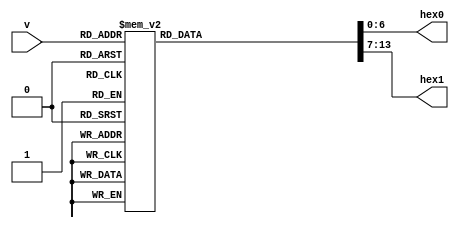
module bin2dec(input [3:0]  v,
				output reg[6:0] hex0, hex1);
		
	// hex0 is left digit and hex1 is right digit
	always @(*) begin
		
		case(v)
			4'b0000: begin
				hex0 = 7'b1000000; // 0
				hex1 = 7'b1000000; // 0
			end
			4'b0001: begin
				hex0 = 7'b1000000; // 0
				hex1 = 7'b1111001; // 1
			end
			4'b0010: begin
				hex0 = 7'b1000000; // 0
				hex1 = 7'b0100100; // 2
			end
			4'b0011: begin
				hex0 = 7'b1000000; // 0
				hex1 = 7'b0110000; // 3
			end
			4'b0100: begin
				hex0 = 7'b1000000; // 0
				hex1 = 7'b0011001; // 4
			end
			4'b0101: begin
				hex0 = 7'b1000000; // 0
				hex1 = 7'b0010010; // 5
			end
			4'b0110: begin
				hex0 = 7'b1000000; // 0
				hex1 = 7'b0000010; // 6
			end
			4'b0111: begin
				hex0 = 7'b1000000; // 0
				hex1 = 7'b1111000; // 7
			end
			4'b1000: begin
				hex0 = 7'b1000000; // 0
				hex1 = 7'b0000000; // 8
			end
			4'b1001: begin
				hex0 = 7'b1000000; // 0
				hex1 = 7'b0011000; // 9
			end
			4'b1010: begin
				hex0 = 7'b1111001; // 1
				hex1 = 7'b1000000; // 0
			end
			4'b1011: begin
				hex0 = 7'b1111001; // 1
				hex1 = 7'b1111001; // 1
			end
			4'b1100: begin
				hex0 = 7'b1111001; // 1
				hex1 = 7'b0100100; // 2
			end
			4'b1101: begin
				hex0 = 7'b1111001; // 1
				hex1 = 7'b0110000; // 3
			end
			4'b1110: begin
				hex0 = 7'b1111001; // 1
				hex1 = 7'b0011001; // 4
			end
			4'b1111: begin
				hex0 = 7'b1111001; // 1
				hex1 = 7'b0010010; // 5
			end
			default: begin
				hex0 = 7'b1000000; // 0
				hex1 = 7'b1000000; // 0
			end
		endcase
	end
	
endmodule